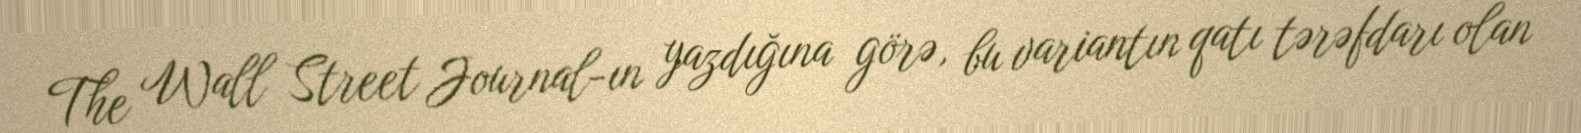
The Wall Street Journal-ın yazdığına görə, bu variantın qatı tərəfdarı olan